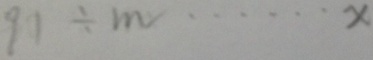
9 1 \div m = \cdots x